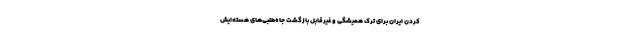
کردن ایران برای ترک همیشگی و غیرقابل بازگشت جاه‌طلبی‌های هسته‌ایش